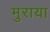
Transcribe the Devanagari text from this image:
मुराया